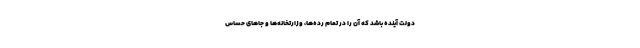
دولت آینده باشد که آن را در تمام رده‌ها، وزارتخانه‌ها و جاهای حساس